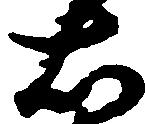
右